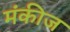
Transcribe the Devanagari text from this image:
मंकीज